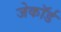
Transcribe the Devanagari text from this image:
जेकॉर्ड